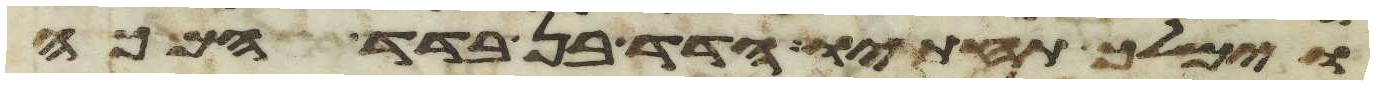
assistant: וימלך תחתיו הדד בן בדד המכה